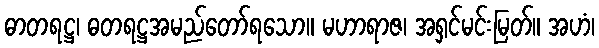
ဓာတရဋ္ဌ၊ ဓတရဋ္ဌအမည်တော်ရသော။ မဟာရာဇ၊ အရှင်မင်းမြတ်။ အဟံ၊